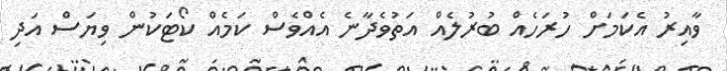
ވާއިރު އެކަމަށް ހުރަހެއް ބުރުލެއް އަތުވެދާނެ އެއްވެސް ކަމެއް ކޯޓަކުން ވިޔަސް އަދި